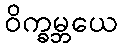
ဝိက္ခမ္ဘယေ